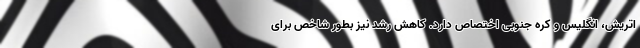
اتریش، انگلیس و کره جنوبی اختصاص دارد. کاهش رشد نیز بطور شاخص برای